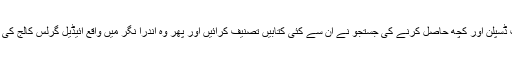
پھر سخت محنت ڈسپلن اور کچھ حاصل کرنے کی جستجو نے ان سے کئی کتابیں تصنیف کرائیں اور پھر وہ اندرا نگر میں واقع آئیڈیل گرلس کالج کی پرنسپل بن گیں ۔